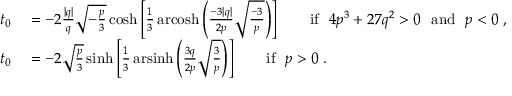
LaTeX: \begin{array} { r l } { t _ { 0 } } & { { } = - 2 { \frac { | q | } { q } } { \sqrt { - { \frac { p } { 3 } } } } \cosh \left[ { \frac { 1 } { 3 } } \operatorname { a r c o s h } \left( { \frac { - 3 | q | } { 2 p } } { \sqrt { \frac { - 3 } { p } } } \right) \right] \qquad { \mathrm { i f ~ } } ~ 4 p ^ { 3 } + 2 7 q ^ { 2 } > 0 ~ { \mathrm { ~ a n d ~ } } ~ p < 0 \; , } \\ { t _ { 0 } } & { { } = - 2 { \sqrt { \frac { p } { 3 } } } \sinh \left[ { \frac { 1 } { 3 } } \operatorname { a r s i n h } \left( { \frac { 3 q } { 2 p } } { \sqrt { \frac { 3 } { p } } } \right) \right] \qquad { \mathrm { i f ~ } } ~ p > 0 \; . } \end{array}